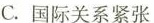
C.国际关系紧张